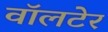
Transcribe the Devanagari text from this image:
वॉलटेर